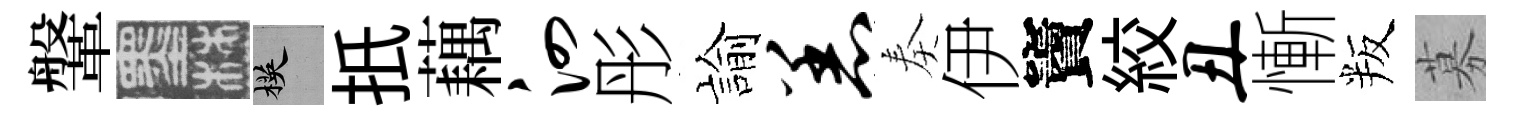
鞶墨楧扺藕泗彤諭恙奏伊竇絞丑慚叛募